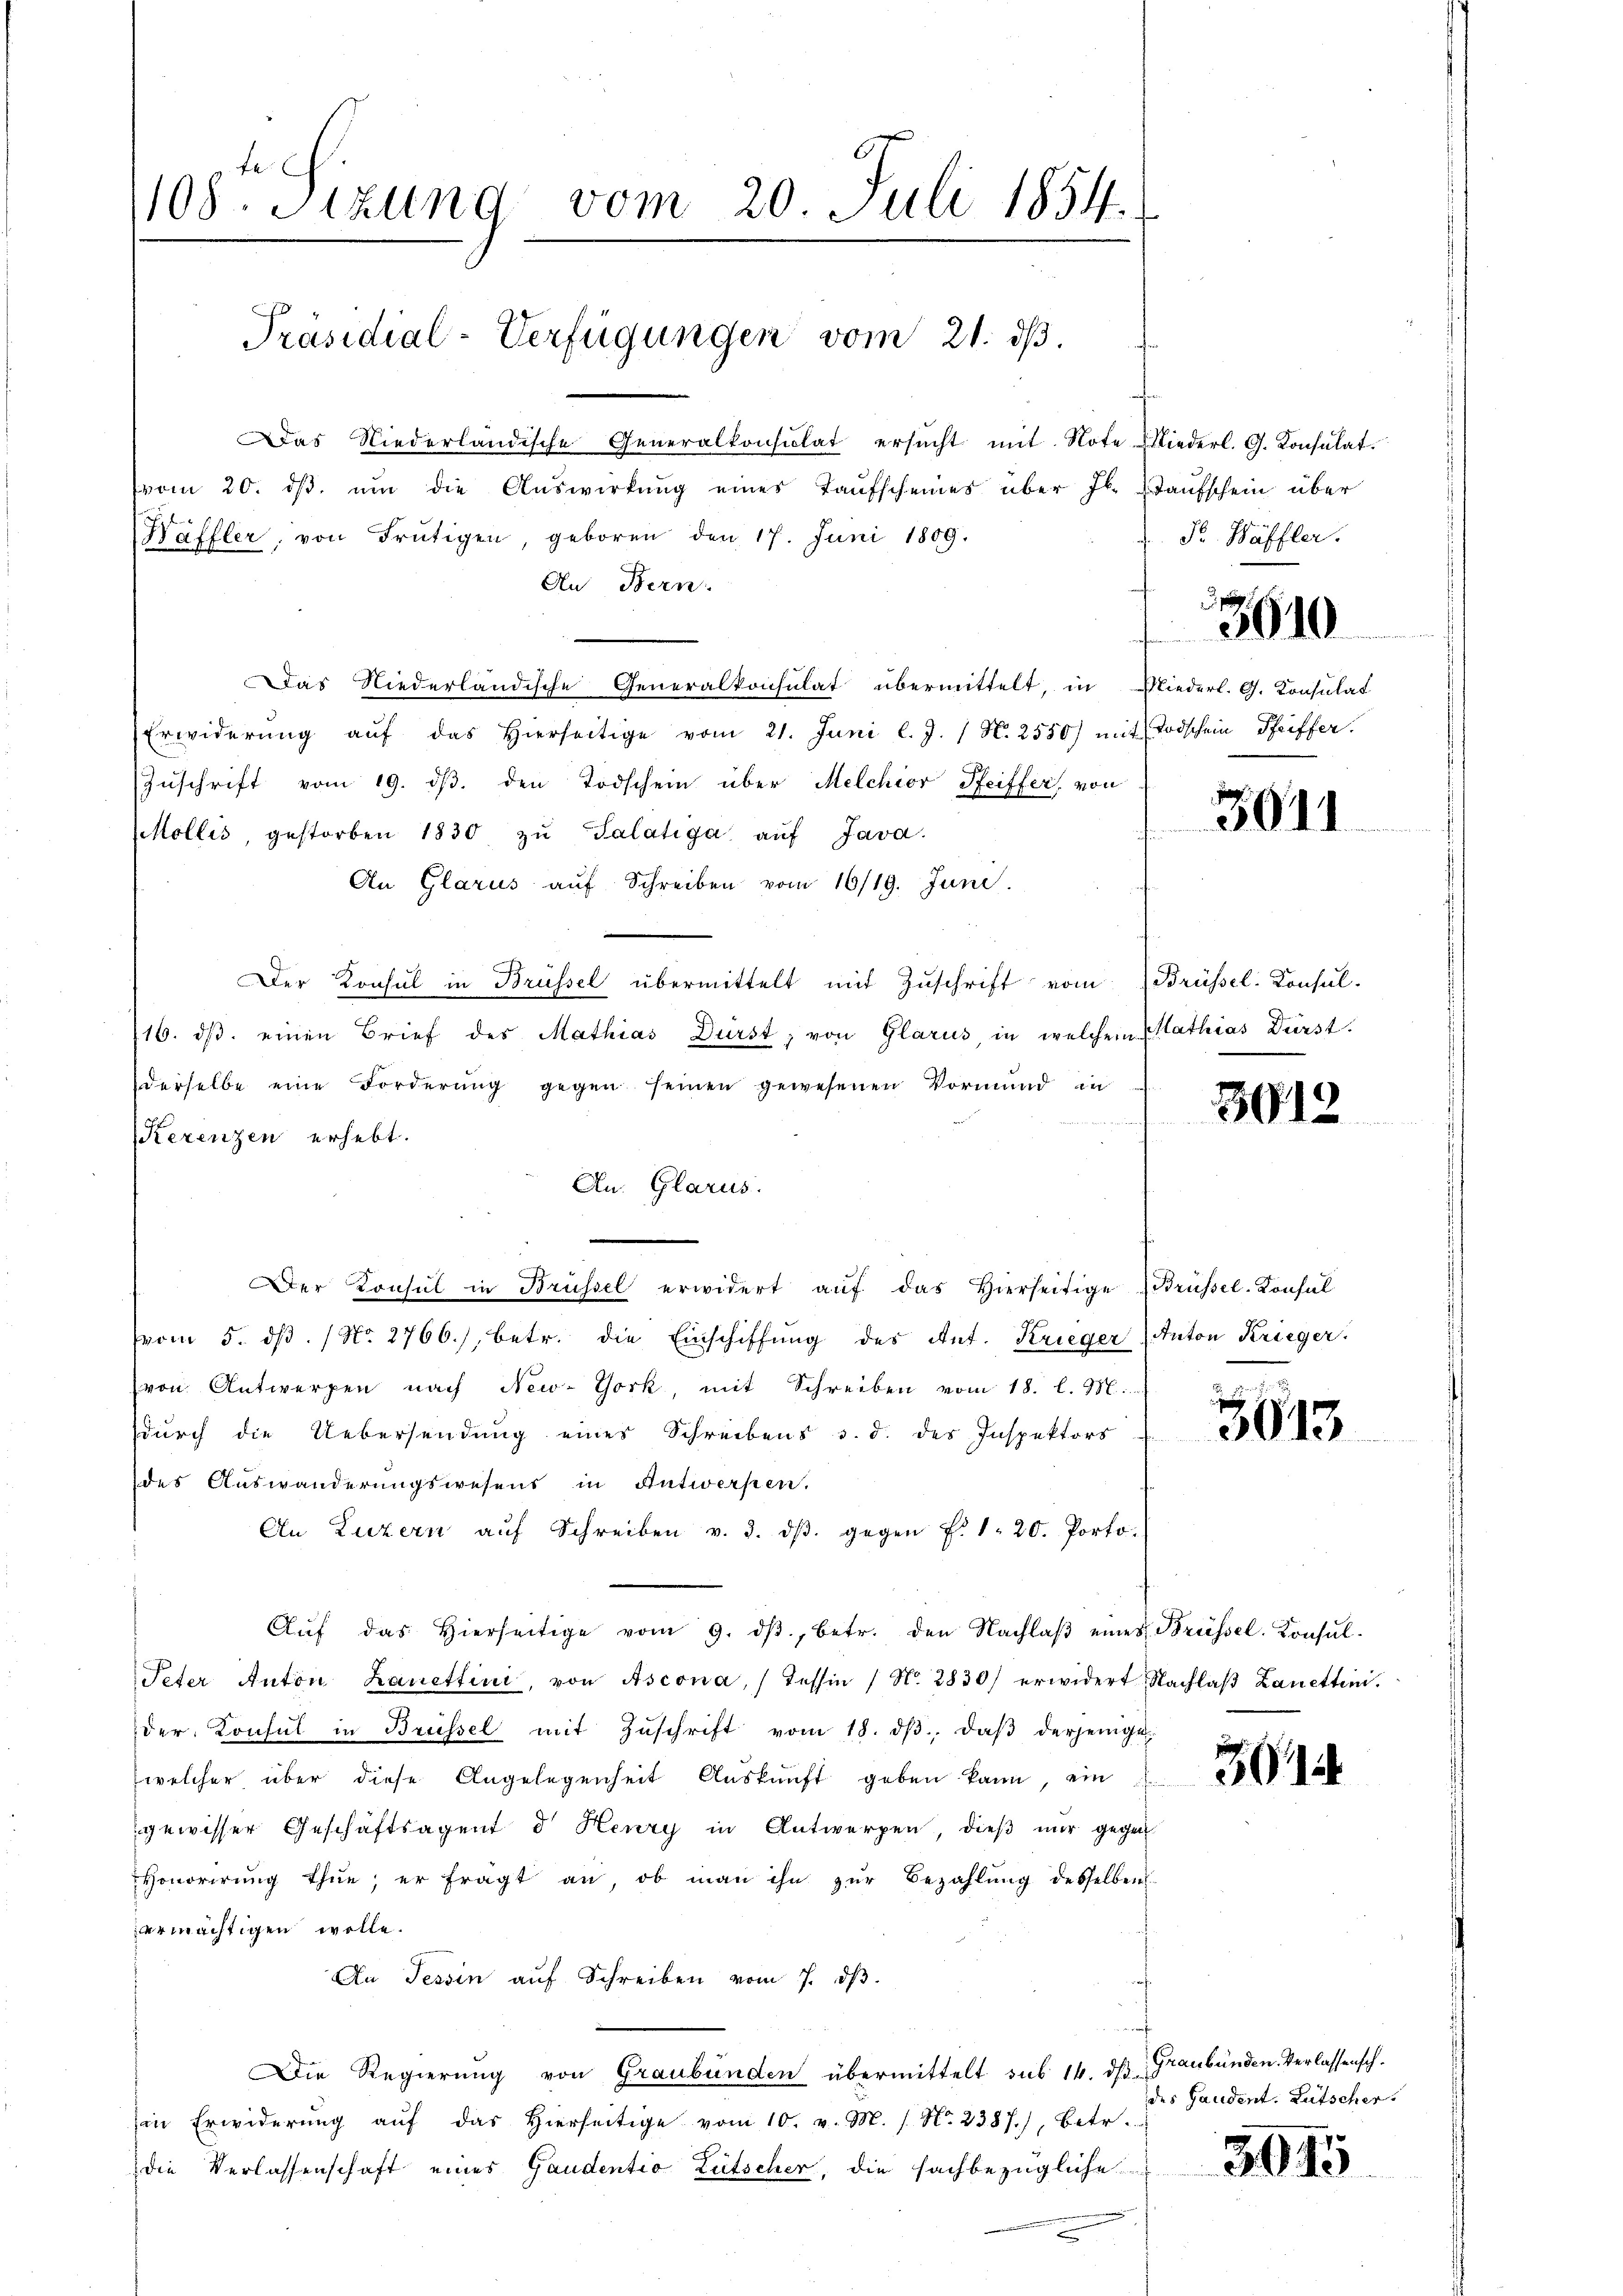
1108. Sitzung vom 20. Juli 1854.
Präsidial-Verfügungen vom 21. ds.
Das Niederländische Generalkonsulat ersŭcht mit Note Niederl. G. Konsulat.
vom 20. ds. ŭm die Auswirkung eines Taufscheines über Jb. Staufschein über
Wäffler, von Frutigen, geboren den 17. Juni 1809.
An Bern.

Das Niederländische Generalkonsulat übermittelt, in Niederl. G. Konsulat
Erwiderung auf das hierseitige vom 21. Juni l. J. 1 N. 2550) mit Todschein Pfeiffer
Zuschrift vom 19. ds. den Todschein über Melchior Pfeiffer, von
Mollis, gestorben 1830 zŭ Salatiga aŭf Java
An Glarus auf Schreiben vom 16/19. Juni.
Der Konsul in Brüssel übermittelt mit Zŭschrift vom Brüssel-Konsul-
16. dβ einen Brief des Mathias Durst, von Glarus, in welchem Mathias Dürst.
derselbe eine Forderŭng gegen seinen gewesenen Vormund in
Rerenzen erhebt.
Der Konsul in Brüssel erwidert aŭf das Vierseitige Brüssel-Konsul
vom 5. dβ. / No. 2766), betr. die Einschiffŭng des Ant. Krieger Anton Krieger.
von Antwerfen nach New-York, mit Schreiben vom 18. l. M.
dŭrch die Uebersendŭng eines Schreibens 3. d. des Inspektors
des Auswanderungswesens in Antwerpen.
An Luzern aŭf Schreiben v. 3. dβ. gegen f. 1. 20. Porto.
Aŭf das hierseitige vom 9. dβ, betr. den Nachlaβ eines Brüssel-Konsŭl-
Peter Anton Lanettini, von Ascona, Tessin / No. 2830) erwidert Nachlaβ Zanetten.
der Konsul in Brüssel mit Zŭschrift vom 18. dβ, daβ derjenige
welcher über diese Angelegenheit Auskunft geben kann, ein
gewisser Geschäftsagent d' Henry in Antworfen, dieß mir gegen
Honorirŭng thue, er fragt an, ob man ihn zŭr Bezahlŭng desselben
ermächtigen wolle.
An Tessin aŭf Schreiben vom 7. dβ.
7
Die Regierung von Graubünden übermittelt sub 14. ds Graubünden Verlassenschin Erwiderŭng aŭf das hierseitige vom 10. v. M. / N. 2387), betr.
die Verlassenschaft eines Gaudentio Lütscher, die sachbezügliche

An. Glarus.

P Wäffler.

3610

3011

5012

3613

30

des Gaudent. Lütscher.

5095